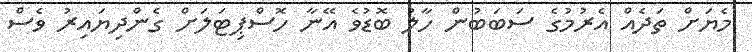
މެޔަށް ތަދެއް އެރުމުގެ ސަބަބުން ހާލު ބޮޑުވެ އޭނާ ހޮސްޕިޓަލަށް ގެންދިޔައިރު ވެސް